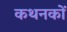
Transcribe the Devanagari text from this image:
कथनकों